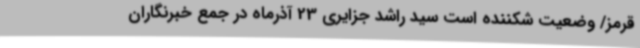
قرمز/ وضعیت شکننده است سید راشد جزایری 23 آذرماه در جمع خبرنگاران